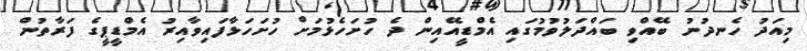
މިއަދު ހެނދުނު ބޭއްވި ބައްދަލުވުމުގައި އެމްޑީއޭއިން ދެ ހުށަހެޅުމަށް ހުށަހަޅާފައިވާއިރު އެމްޑީޕީގެ ފަރާތުން